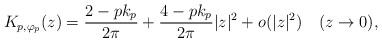
LaTeX: \begin{align*}K_{p,\varphi_p}(z)=\frac{2-pk_p}{2\pi}+\frac{4-pk_p}{2\pi}|z|^2+o(|z|^2)\ \ \ (z\rightarrow0),\end{align*}